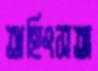
অহিংসতা